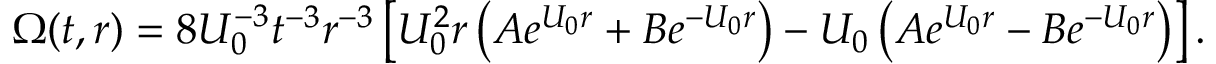
\Omega ( t , r ) = 8 U _ { 0 } ^ { - 3 } t ^ { - 3 } r ^ { - 3 } \left[ U _ { 0 } ^ { 2 } r \left( A e ^ { U _ { 0 } r } + B e ^ { - U _ { 0 } r } \right) - U _ { 0 } \left( A e ^ { U _ { 0 } r } - B e ^ { - U _ { 0 } r } \right) \right] .